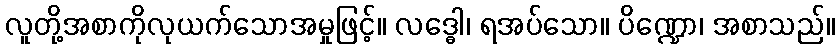
လူတို့အစာကိုလုယက်သောအမှုဖြင့်။ လဒ္ဓေါ၊ ရအပ်သော။ ပိဏ္ဍော၊ အစာသည်။